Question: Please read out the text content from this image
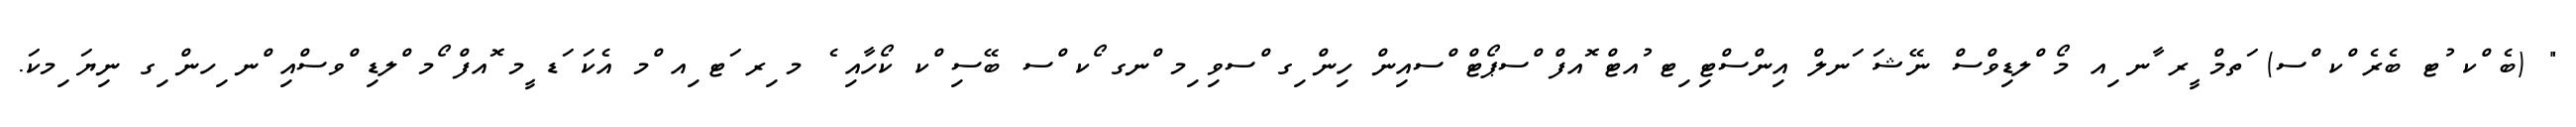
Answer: " (ބެ ްކ ުޓ ބެރެ ްކ ްސ) ަތމް ީރ ާނ ިއ މޯ ްލޑިވްސް ނޭޝަ ަނލް އިންސްޓި ިޓ ުއޓް ޮއފް ްސޕޯޓް ްސއިން ހިން ިގ ްސވި ިމ ްނގ ޯކ ްސ ބޭސި ްކ ކޯހާއި ެ މ ިރ ަޓ ިއ ްމ އެކަ ަޑ ީމ ޮއފް ޯމ ްލޑި ްވސްއި ްނ ިހން ިގ ނިޔަ ިމކަ.